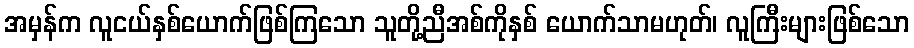
အမှန်က လူငယ်နှစ်ယောက်ဖြစ်ကြသော သူတို့ညီအစ်ကိုနှစ် ယောက်သာမဟုတ်၊ လူကြီးများဖြစ်သော